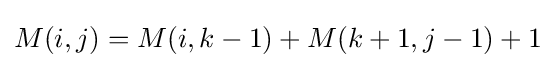
M(i,j)=M(i,k-1)+M(k+1,j-1)+1